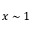
x \sim 1